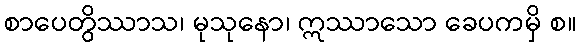
စာပေတွိဿာသ၊ မုသုနော၊ ဣဿာသော ခေပကမှိ စ။